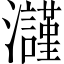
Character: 𤄲